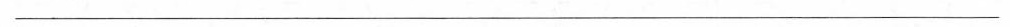
___